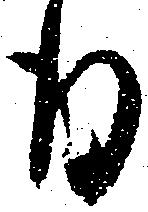
様